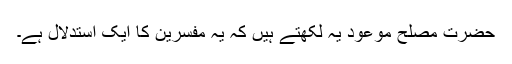
حضرت مصلح موعودؓ یہ لکھتے ہیں کہ یہ مفسرین کا ایک استدلال ہے۔